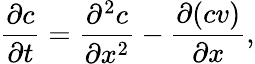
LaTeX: \frac{\partial c}{\partial t}=\frac{\partial^{2}c}{\partial x^{2}}-\frac{\partial(cv)}{\partial x},